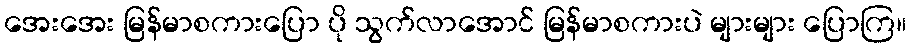
အေးအေး မြန်မာစကားပြော ပို သွက်လာအောင် မြန်မာစကားပဲ များများ ပြောကြ။